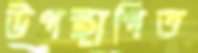
উপস্থাপিত